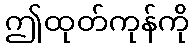
ဤထုတ်ကုန်ကို